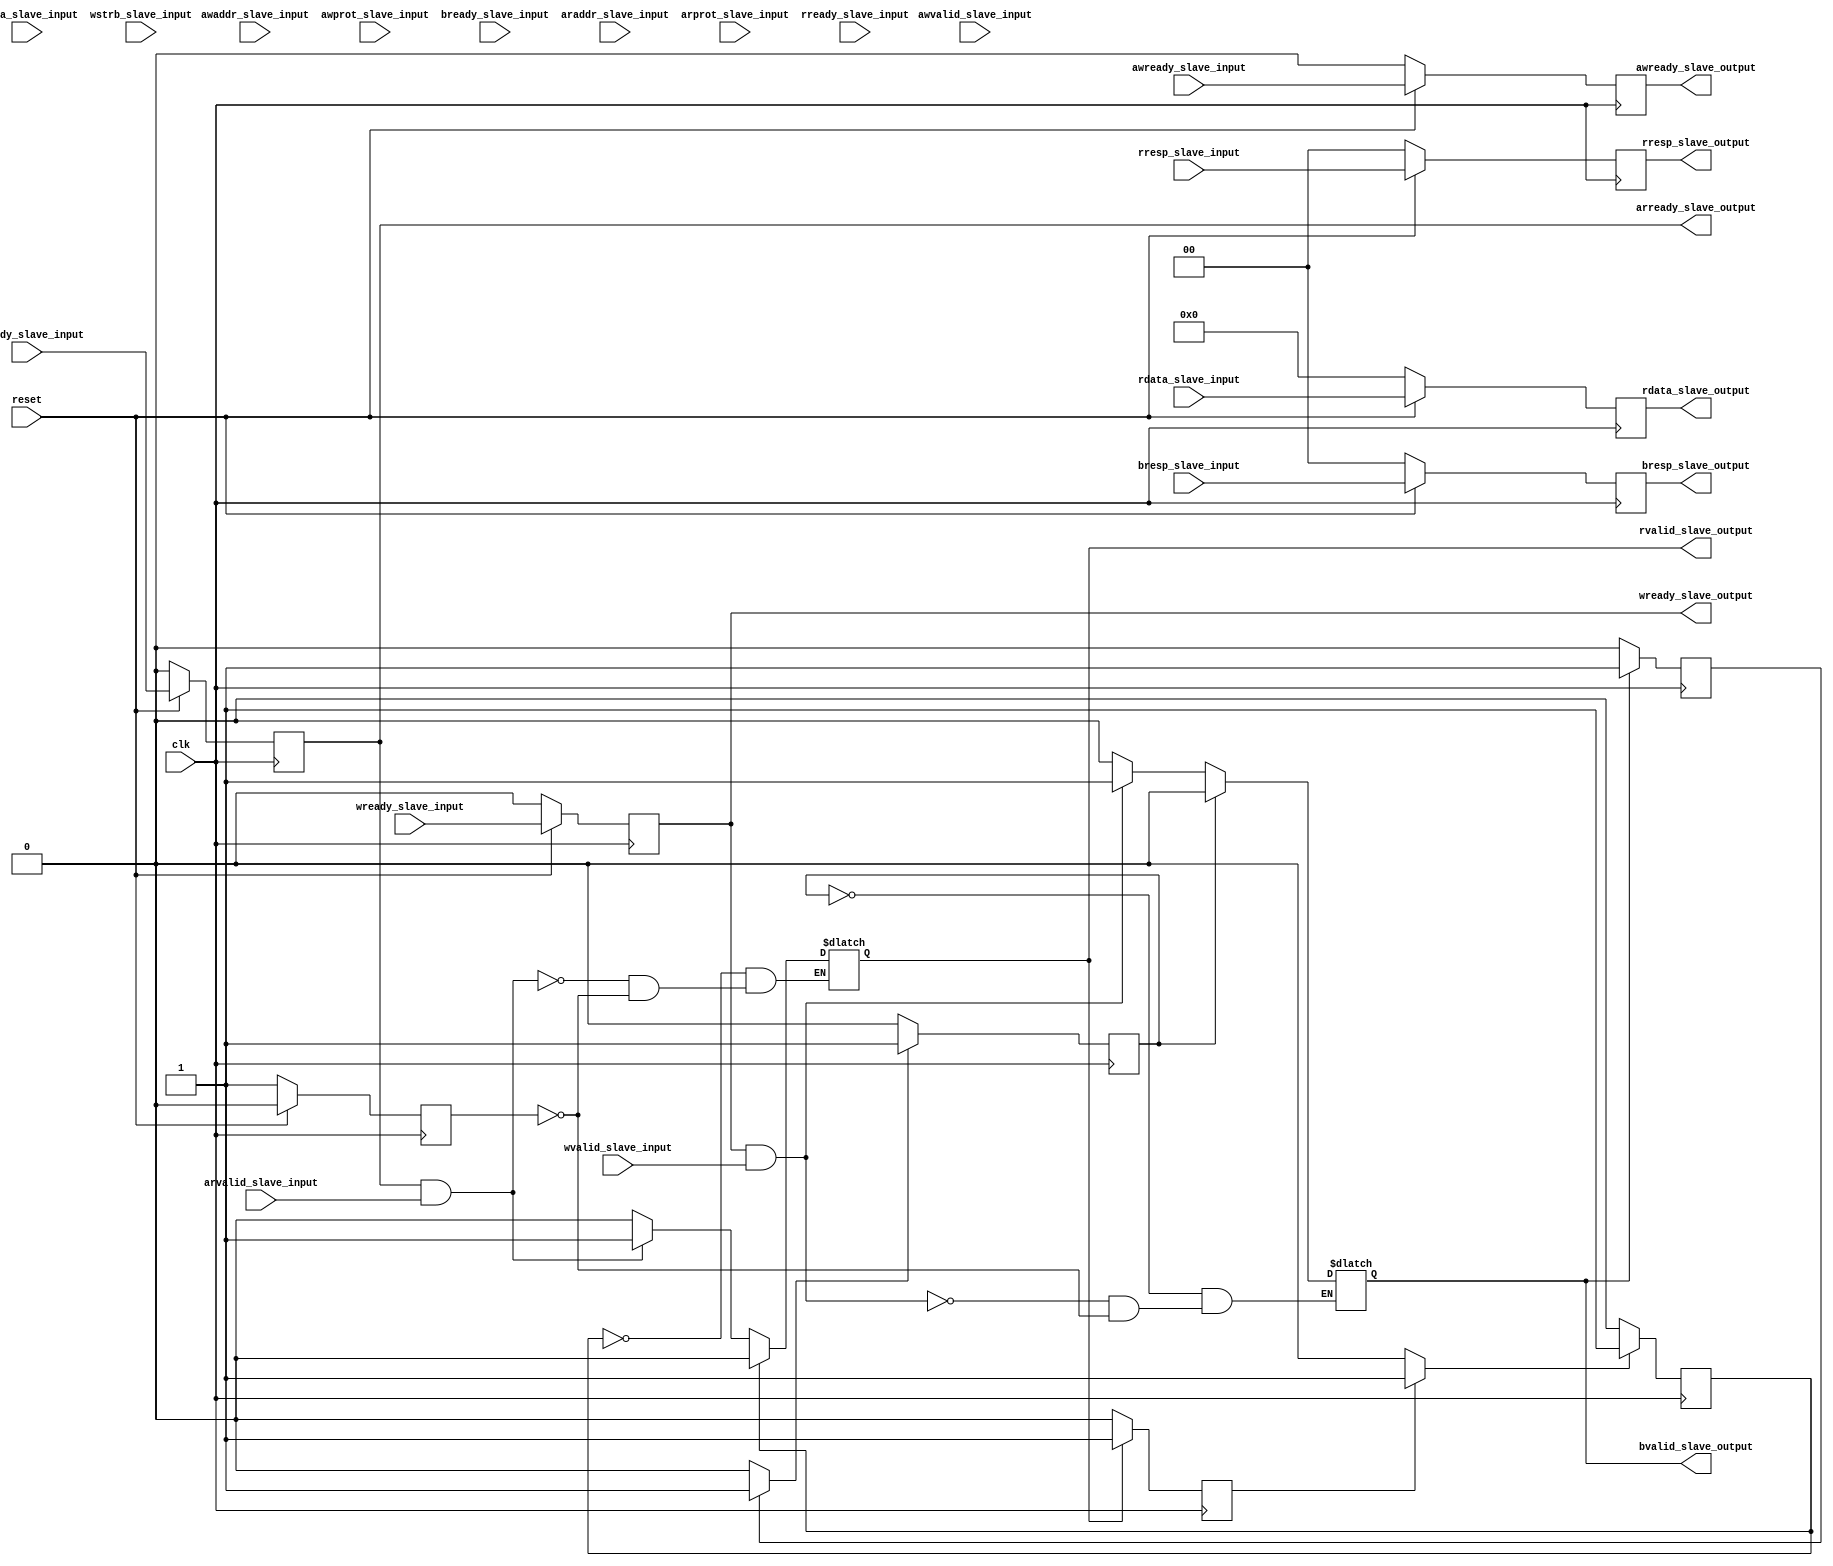
module AXI4_Lite_slave(
 input clk , 
 input reset ,
// global_signals 

// write_address_channel_signals
 input  wire [31:0] awaddr_slave_input,
 input  wire awvalid_slave_input,
 output reg awready_slave_output,
 input  wire [2:0] awprot_slave_input,
 input  wire awready_slave_input,


// write_data_channel_signals
 input  wire [31:0] wdata_slave_input,
 input  wire wvalid_slave_input,
 output reg wready_slave_output,
 input  wire [3:0] wstrb_slave_input,
 input  wire wready_slave_input,


// write_response_channel_signals
 output   reg     bvalid_slave_output,
 input    wire    bready_slave_input,
 input    wire    [1:0] bresp_slave_input,
output    reg     [1:0] bresp_slave_output,

// read_address_channel_signals
 input  wire [31:0] araddr_slave_input,
 input  wire arvalid_slave_input,
 output reg arready_slave_output,
 input  wire [2:0] arprot_slave_input,
 input  wire arready_slave_input,


// read_data_channel_signals
 output   reg     rvalid_slave_output,
 input    wire    rready_slave_input,
 input    wire    [1:0] rresp_slave_input,
output    reg     [1:0] rresp_slave_output,
 output  reg   [31:0] rdata_slave_output,
 input  wire   [31:0] rdata_slave_input

);






 
 // write_address_channel_code
 reg rst = 0;
 reg [31:0] awaddr_save_reg = 0;
 reg [2:0]  awprot_save_reg = 3'bxxx;

 always @(posedge clk) begin
     if (reset == 0) begin
        rst <= 1;
        awready_slave_output = 0;
     end
     else
     begin
       rst <= 0;
        awready_slave_output <= awready_slave_input;
     end
    end

 always @(*)begin
    if (rst)begin
         awaddr_save_reg = 0;
         awprot_save_reg = 0;
        end
    if (awready_slave_output && awvalid_slave_input)begin
        awprot_save_reg = awprot_slave_input;
        awaddr_save_reg = awaddr_slave_input;  
    end
    else begin
        awaddr_save_reg = awaddr_save_reg;
        awprot_save_reg = awprot_save_reg;
    end
 end

// write_address_channel_code_ends







// write_data_channel_code_starts
 reg [31:0] wdata_save_reg = 0;
 reg [3:0]  wstrb_save_reg = 0;
reg  delay = 0 , delay1 = 0 , delay2 = 0;

  always @(posedge clk) begin
     if (reset == 0) begin
        wready_slave_output = 0;
        bresp_slave_output = 0;
     end
     else
     begin
        wready_slave_output <= wready_slave_input;
        bresp_slave_output <= bresp_slave_input;
     end
     if (bvalid_slave_output == 1)
      delay = 1; 
      else
      delay = 0;
    
      if (delay1 == 1)
      delay2 = 1; 
      else
      delay2 = 0;
end


 always @(*)begin
    if (rst)begin
         wdata_save_reg = 0;
         wstrb_save_reg = 0;
         bvalid_slave_output = 0; 
        end
    if (wready_slave_output && wvalid_slave_input)begin
         wstrb_save_reg = wstrb_slave_input;
         wdata_save_reg = wdata_slave_input;
         // write_data_channel_code_ends

         // write_dataresponse_channel_code_starts
         bvalid_slave_output = 1; 
    end
    else begin
        wdata_save_reg = wdata_save_reg;
        wstrb_save_reg = wstrb_save_reg;
    end

     if (delay == 1)
        delay1 = 1;
        else
        delay1 = 0; 
     
     if (delay2 == 1)
      bvalid_slave_output  = 0; 
      else
      bvalid_slave_output = bvalid_slave_output ; 

 end
 // write_response_channel_code_ends










 // write_address_channel_code
 reg [2:0]  arprot_save_reg = 3'bxxx;
reg  rdelay = 0 , rdelay1 = 0 , rdelay2 = 0;
reg [31:0] araddr_save_reg = 0 ;

 always @(posedge clk) begin
     if (reset == 0) begin
        arready_slave_output = 0;
        rresp_slave_output = 0;
        rdata_slave_output = 0;
     end
     else
     begin
        arready_slave_output <= arready_slave_input;
        rdata_slave_output <= rdata_slave_input;
        rresp_slave_output <= rresp_slave_input;
     end
      
     if (rvalid_slave_output == 1)
      rdelay = 1; 
      else
      rdelay = 0;
    
      if (rdelay1 == 1)
      rdelay2 = 1; 
      else
      rdelay2 = 0;
    end

 always @(*)begin
    if (rst)begin
         araddr_save_reg = 0;
         arprot_save_reg = 0;
         rvalid_slave_output = 0;
        end
    if (arready_slave_output && arvalid_slave_input)begin
        arprot_save_reg = arprot_slave_input;
        araddr_save_reg = araddr_slave_input;  
        rvalid_slave_output = 1;
    end
    else begin
        araddr_save_reg = araddr_save_reg;
        arprot_save_reg = arprot_save_reg;
    end
     if (rdelay == 1)
        rdelay1 = 1;
        else
        rdelay1 = 0; 
     
     if (rdelay2 == 1)
      rvalid_slave_output  = 0; 
      else
      rvalid_slave_output = rvalid_slave_output ; 

 end

// read_data_channel_code_ends
endmodule